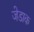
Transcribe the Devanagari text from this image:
जेडाक